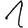
Digit: 1